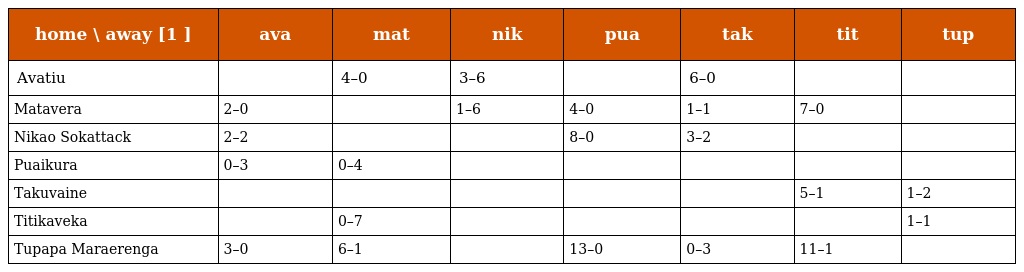
| home \ away [1 ] | ava | mat | nik | pua | tak | tit | tup |
 | --- | --- | --- | --- | --- | --- | --- | --- |
 | Avatiu |  | 4–0 | 3–6 |  | 6–0 |  |  |
 | Matavera | 2–0 |  | 1–6 | 4–0 | 1–1 | 7–0 |  |
 | Nikao Sokattack | 2–2 |  |  | 8–0 | 3–2 |  |  |
 | Puaikura | 0–3 | 0–4 |  |  |  |  |  |
 | Takuvaine |  |  |  |  |  | 5–1 | 1–2 |
 | Titikaveka |  | 0–7 |  |  |  |  | 1–1 |
 | Tupapa Maraerenga | 3–0 | 6–1 |  | 13–0 | 0–3 | 11–1 |  |